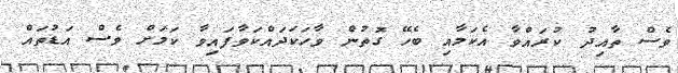
ވެސް ތާއިދު ކުރައްވާ އެކަމާއި ބެހޭ ގޮތުން ވާހަކަދައްކަވާފައިވާ ކަމަށް ވެސް އަޑުތައް